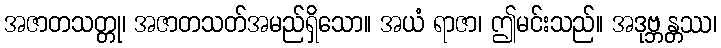
အဇာတသတ္တု၊ အဇာတသတ်အမည်ရှိသော။ အယံ ရာဇာ၊ ဤမင်းသည်။ အဒုဗ္ဘန္တဿ၊